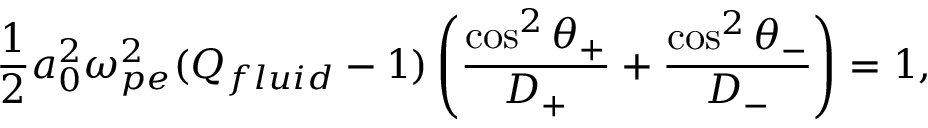
\frac { 1 } { 2 } a _ { 0 } ^ { 2 } \omega _ { p e } ^ { 2 } ( Q _ { f l u i d } - 1 ) \left( \frac { \cos ^ { 2 } \theta _ { + } } { D _ { + } } + \frac { \cos ^ { 2 } \theta _ { - } } { D _ { - } } \right) = 1 ,